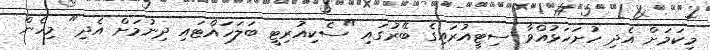
މިކަމަށް އެދި ހުށަހަޅުއްވާ ސިޓީއުރައިގެ ބޭރުގައި "ސެކިއުރިޓީ ބަލަހައްޓައި ދިނުމަށް އެދި" މިހެން